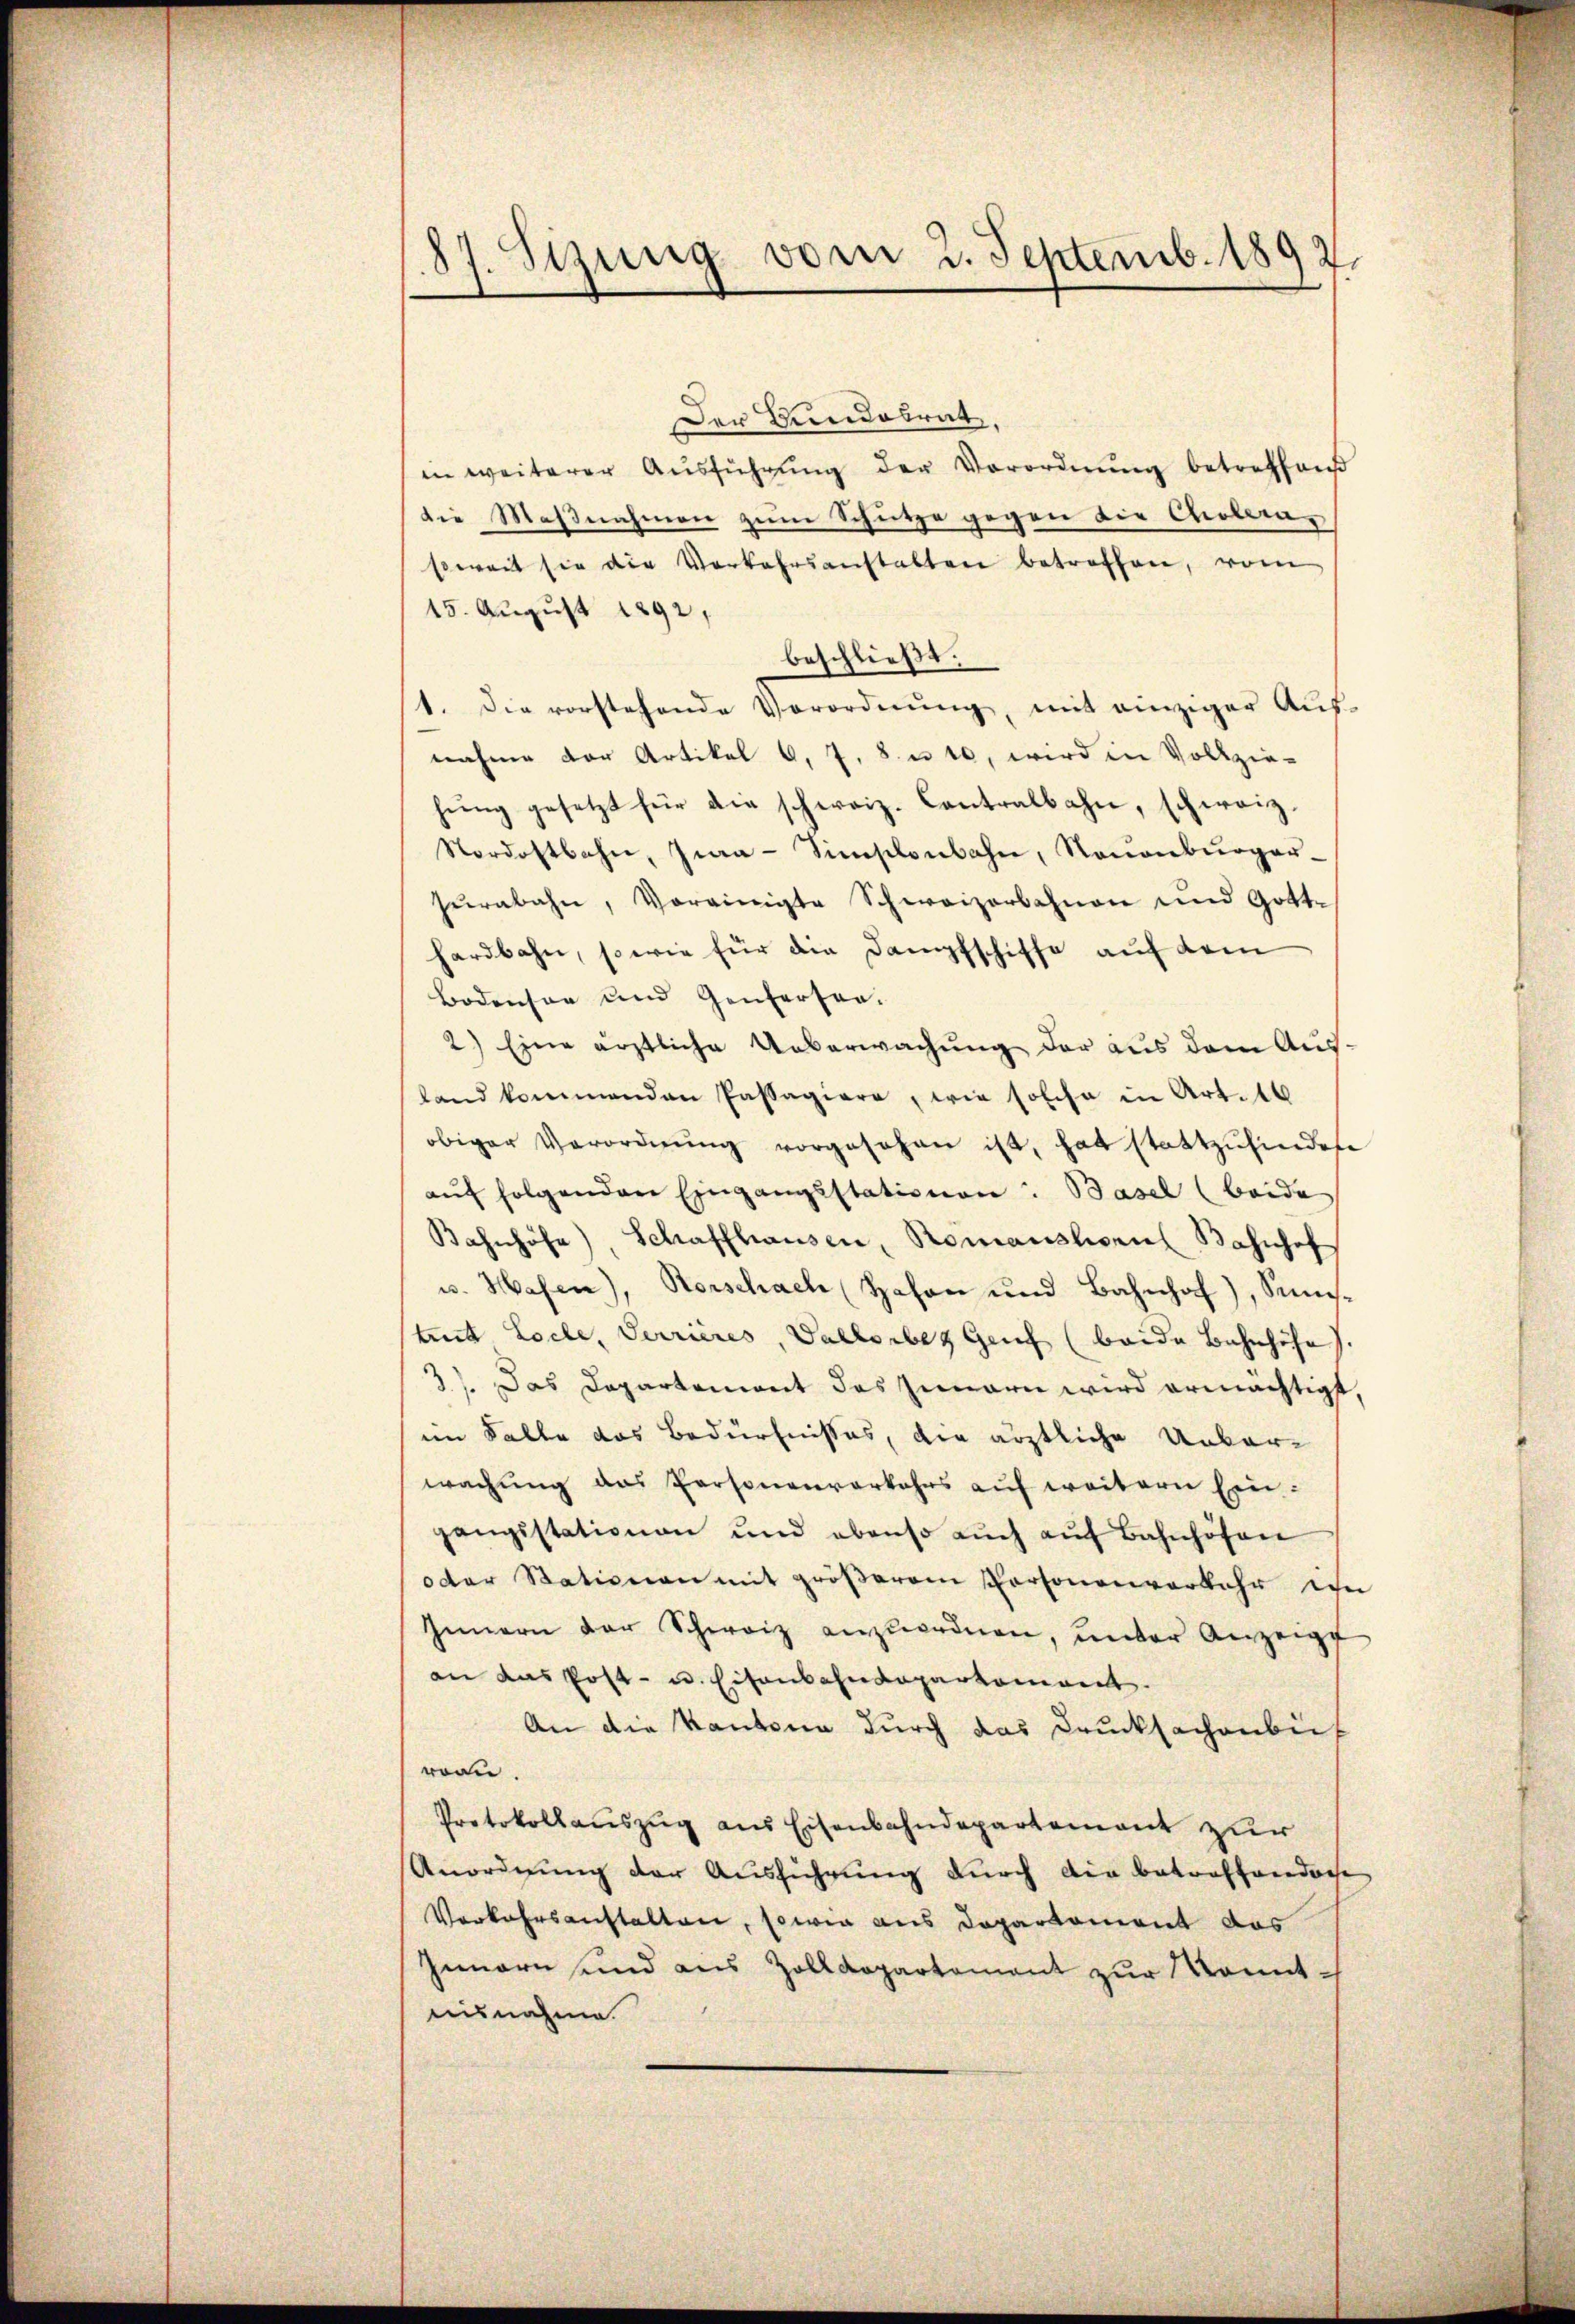
87. Sizung vom 2. Septemb. 1892.

Der Bundesrat,
in weiterer Aŭsführŭng der Verordnŭng betreffend
die Maßnahmen zum Schütze gegen die Cholern
soweit sie die Verkehrsanstalten betroffen, vom
15. August 1892,
beschließt:
1. Die vorstehende Verordnŭng, mit einziger Aŭs-
nahme der Artikel 6, 7. 8. u. 10, wird in Vollzie-
hung gesetzt für die schweiz. Contralbahn, schweiz.
Nordostbahn, Jia-Sinschenbahn, Raŭenbŭrger-
sŭrabahn, Voreinigte Schweizerbahnen und Gott-
hardbahn, so wie für die Dampfschiffe auf dem
Bodensen und Genferten.
2) Eine ärztliche Ueberwachŭng der aus dem Ausland kommenden Passagiere, wie solche in Art. 16
obiger Verordnŭng vorgesehen ist, hat stattzŭfindete
aŭf folgenden Eingangsstationen: Basel (beide
Bahnhöfe), Schaffhausen, Romanslorial Bahnhof
u. Hasen), Horschach Hohen und Bahnhof), Semestent Loche, Terrieres, Vallorben Genf (beide Bahnhöhe.
3). Das Departement des Zunarn wird ermächtigt
im Falle das Bedürfnisses, die ärztliche Ueberwachung des Personenverkehrs auf weitern Eingangsstationen und ebenso aŭch aŭf Bahnhöfen
oder Stationen mit größerem Personenverkehr ihn
Innern der Schweiz anzuordnen, unter Anzeigt
an das Post- u. Eisenbahndepartement.
An die Kantona durch das Drucksachenbei
voon.
Protokollauszug aus Eisenbahndepartement zur
Anordnung der Ausführung durch die betroffenden
Verkehrsanstalten, sowie aus Departement das
Innern und aus Zolldepartement zur Kenntnisnahme.